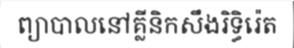
ព្យាបាលនៅគ្លីនិកសឹងរិទ្ធិរ៉េត